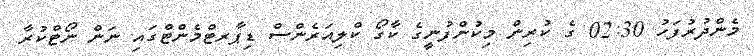
މެންދުރުފަހު 02:30 ގެ ކުރިން މިކުންފުނީގެ ކާގޯ ކްލިއަރެންސް ޑިޕާރޓްމެންޓްގައި ނަން ނޯޓްކުރާ